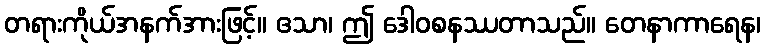
တရားကိုယ်အနက်အားဖြင့်။ ဧသာ၊ ဤ ဒေါဝစနဿတာသည်။ တေနာကာရေန၊